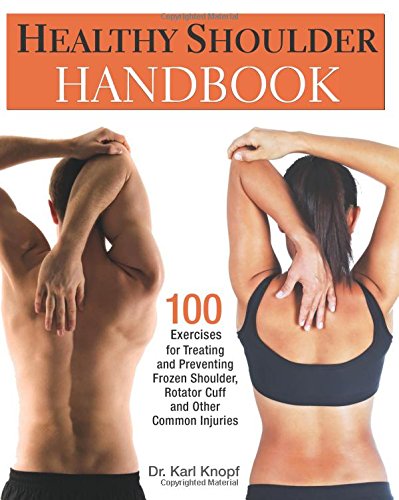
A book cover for Healthy Shoulder Handbook: 100 Exercises for Treating and Preventing Frozen Shoulder, Rotator Cuff and other Common Injuries; Karl Knopf; Health, Fitness & Dieting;